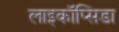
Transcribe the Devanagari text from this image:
लाइकॉप्सिडा